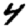
Digit: 4